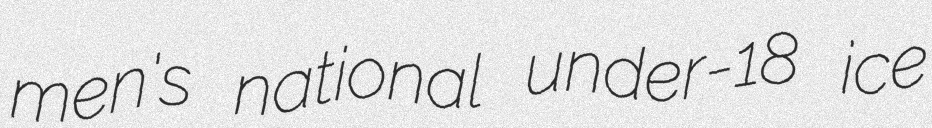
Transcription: men's national under-18 ice